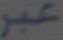
عبر